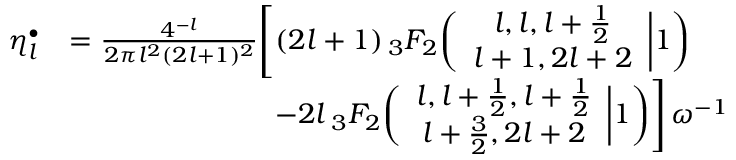
\begin{array} { r l } { \eta _ { l } ^ { \bullet } } & { = \frac { 4 ^ { - l } } { 2 \pi l ^ { 2 } ( 2 l + 1 ) ^ { 2 } } \Biggl [ ( 2 l + 1 ) \, _ { 3 } F _ { 2 } \biggl ( \begin{array} { c } { l , l , l + \frac { 1 } { 2 } } \\ { l + 1 , 2 l + 2 } \end{array} \bigg | 1 \biggr ) } \\ & { \mathrel { \phantom { = } } \hphantom { \frac { 4 ^ { - l } } { 2 \pi l ^ { 2 } ( 2 l + 1 ) ^ { 2 } } \Bigg [ } \mathrm - 2 l \, _ { 3 } F _ { 2 } \biggl ( \begin{array} { c } { l , l + \frac { 1 } { 2 } , l + \frac { 1 } { 2 } } \\ { l + \frac { 3 } { 2 } , 2 l + 2 } \end{array} \bigg | 1 \biggr ) \Biggr ] \, \omega ^ { - 1 } } \end{array}